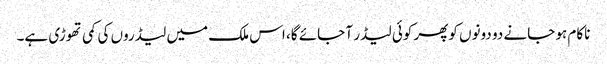
ناکام ہو جانے دو دونوں کوپھر کوئی لیڈر آ جائے گا، اس ملک میں لیڈروں کی کمی تھوڑی ہے۔